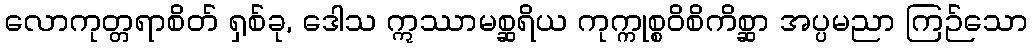
လောကုတ္တရာစိတ် ရှစ်ခု, ဒေါသ ဣဿာမစ္ဆရိယ ကုက္ကုစ္စဝိစိကိစ္ဆာ အပ္ပမညာ ကြဉ်သော